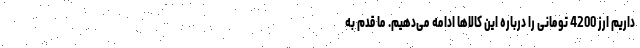
داریم ارز 4200 تومانی را درباره این کالاها ادامه می‌دهیم. ما قدم به